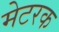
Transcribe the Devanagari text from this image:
मेटरक